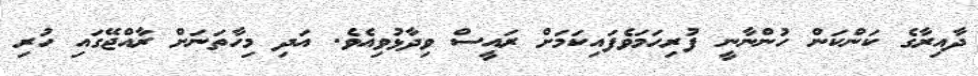
ދާއިރާގެ ކަންކަން ހުންނާނީ ފުރިހަމަވެފައިކަމަށް ރައީސް ވިދާޅުވިއެވެ. އަދި މިހާތަނަށް ރާއްޖޭގައި ހުރި